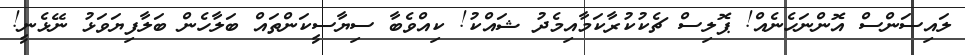
ލައިސަންސް އޮންނަހެނެއް! ޕޮލިސް ޗެކުކުރާކަމާއިމެދު ޝައްކު! ކިއްވެބާ ސިޔާސީކަންތައް ބަލާހެން ބަލާފިޔަވަޅު ނޭޅެނީ!